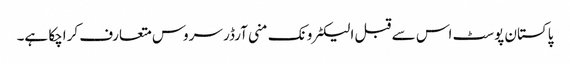
پاکستان پوسٹ اس سے قبل الیکٹرونک منی آرڈر سروس متعارف کراچکا ہے۔